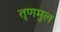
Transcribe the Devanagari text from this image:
तृणमुल